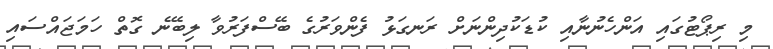
މި ރިޕޯޓުގައި އަންހެނުނާއި ކުޑަކުދިންނަށް ރަނގަޅު ފެންވަރުގެ ބޭސްފަރުވާ ލިބޭނެ ގޮތް ހަމަޖައްސައި